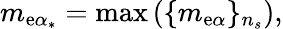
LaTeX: m_{\mathrm{e}\alpha_{*}}=\operatorname*{max}\left(\{ m_{\mathrm{e}\alpha}\} _{n_{s}}\right),